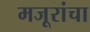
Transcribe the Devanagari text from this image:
मजूरांचा